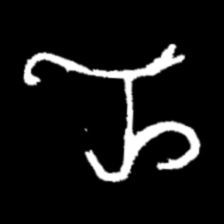
Pyu character \u2014 Myanmar letter: ည (romanized: nya)